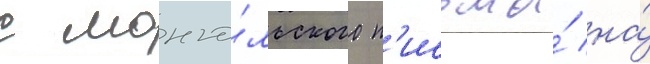
с монго́льского п'исьма́ на́